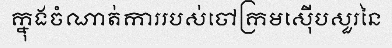
ក្នុងចំណាត់ការរបស់ចៅក្រមស៊ើបសួរនៃ